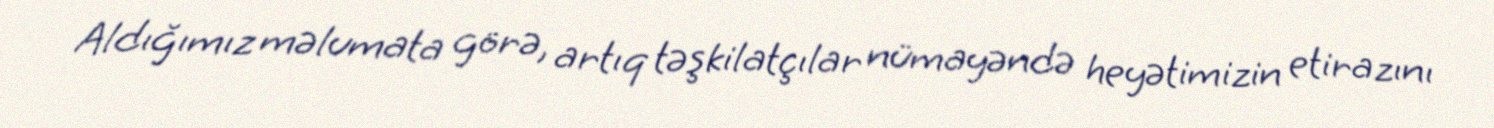
Aldığımız məlumata görə, artıq təşkilatçılar nümayəndə heyətimizin etirazını